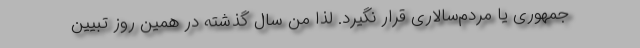
جمهوری یا مردم‌سالاری قرار نگیرد. لذا من سال گذشته در همین روز تبیین